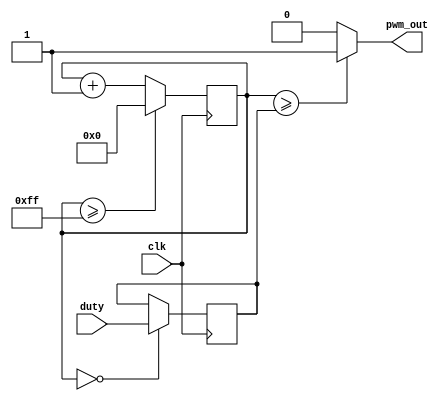
`timescale 1ns / 1ps
`default_nettype none
//////////////////////////////////////////////////////////////////////////////////
// Company: 
// Engineer: 
// 
// Design Name: 
// Module Name: pwm
// Project Name: 
// Target Devices: 
// Tool Versions: 
// Description: 
// 
// Dependencies: 
// 
// Revision:
// Revision 0.01 - File Created
// Additional Comments:
// 
//////////////////////////////////////////////////////////////////////////////////


module pwm #(
    parameter COUNTER_WIDTH = 8,
    parameter MAX_COUNT = 255
) (
    input wire clk,
    input wire [COUNTER_WIDTH-1:0] duty,
    output wire pwm_out
);
    reg [COUNTER_WIDTH-1:0] count = 'b0;
    reg [COUNTER_WIDTH-1:0] r_duty = 'b0;
    always@(posedge clk)
        if (count == 'b0)
            r_duty <= duty;
    always@(posedge clk)
        if (count >= MAX_COUNT)
            count <= 'b0;
        else
            count <= count + 1;
    assign pwm_out = (count >= r_duty) ? 1'b1 : 1'b0;
endmodule